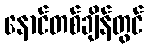
နောင်တစ်ချိန်တွင်